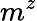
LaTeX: m^{z}